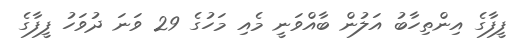
ފީފާގެ އިންތިހާބު އަލުން ބާއްވަނީ މެއި މަހުގެ 29 ވަނަ ދުވަހު ފީފާގެ